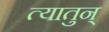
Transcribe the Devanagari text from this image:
त्यातुन्